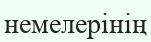
немелерінің